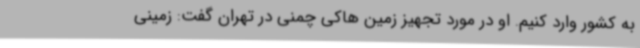
به کشور وارد کنیم. او در مورد تجهیز زمین هاکی چمنی در تهران گفت: زمینی